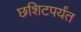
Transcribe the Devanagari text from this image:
छशिटपर्यंत